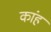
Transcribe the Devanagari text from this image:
कांह